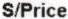
S/PRICE